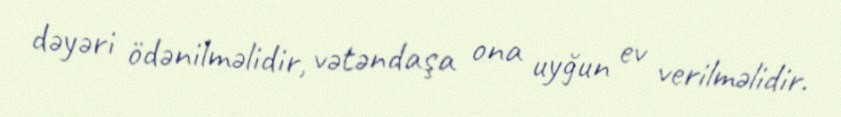
dəyəri ödənilməlidir, vətəndaşa ona uyğun ev verilməlidir.